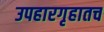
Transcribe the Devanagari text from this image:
उपहारगृहातच